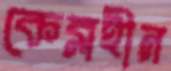
কেব্লহীন